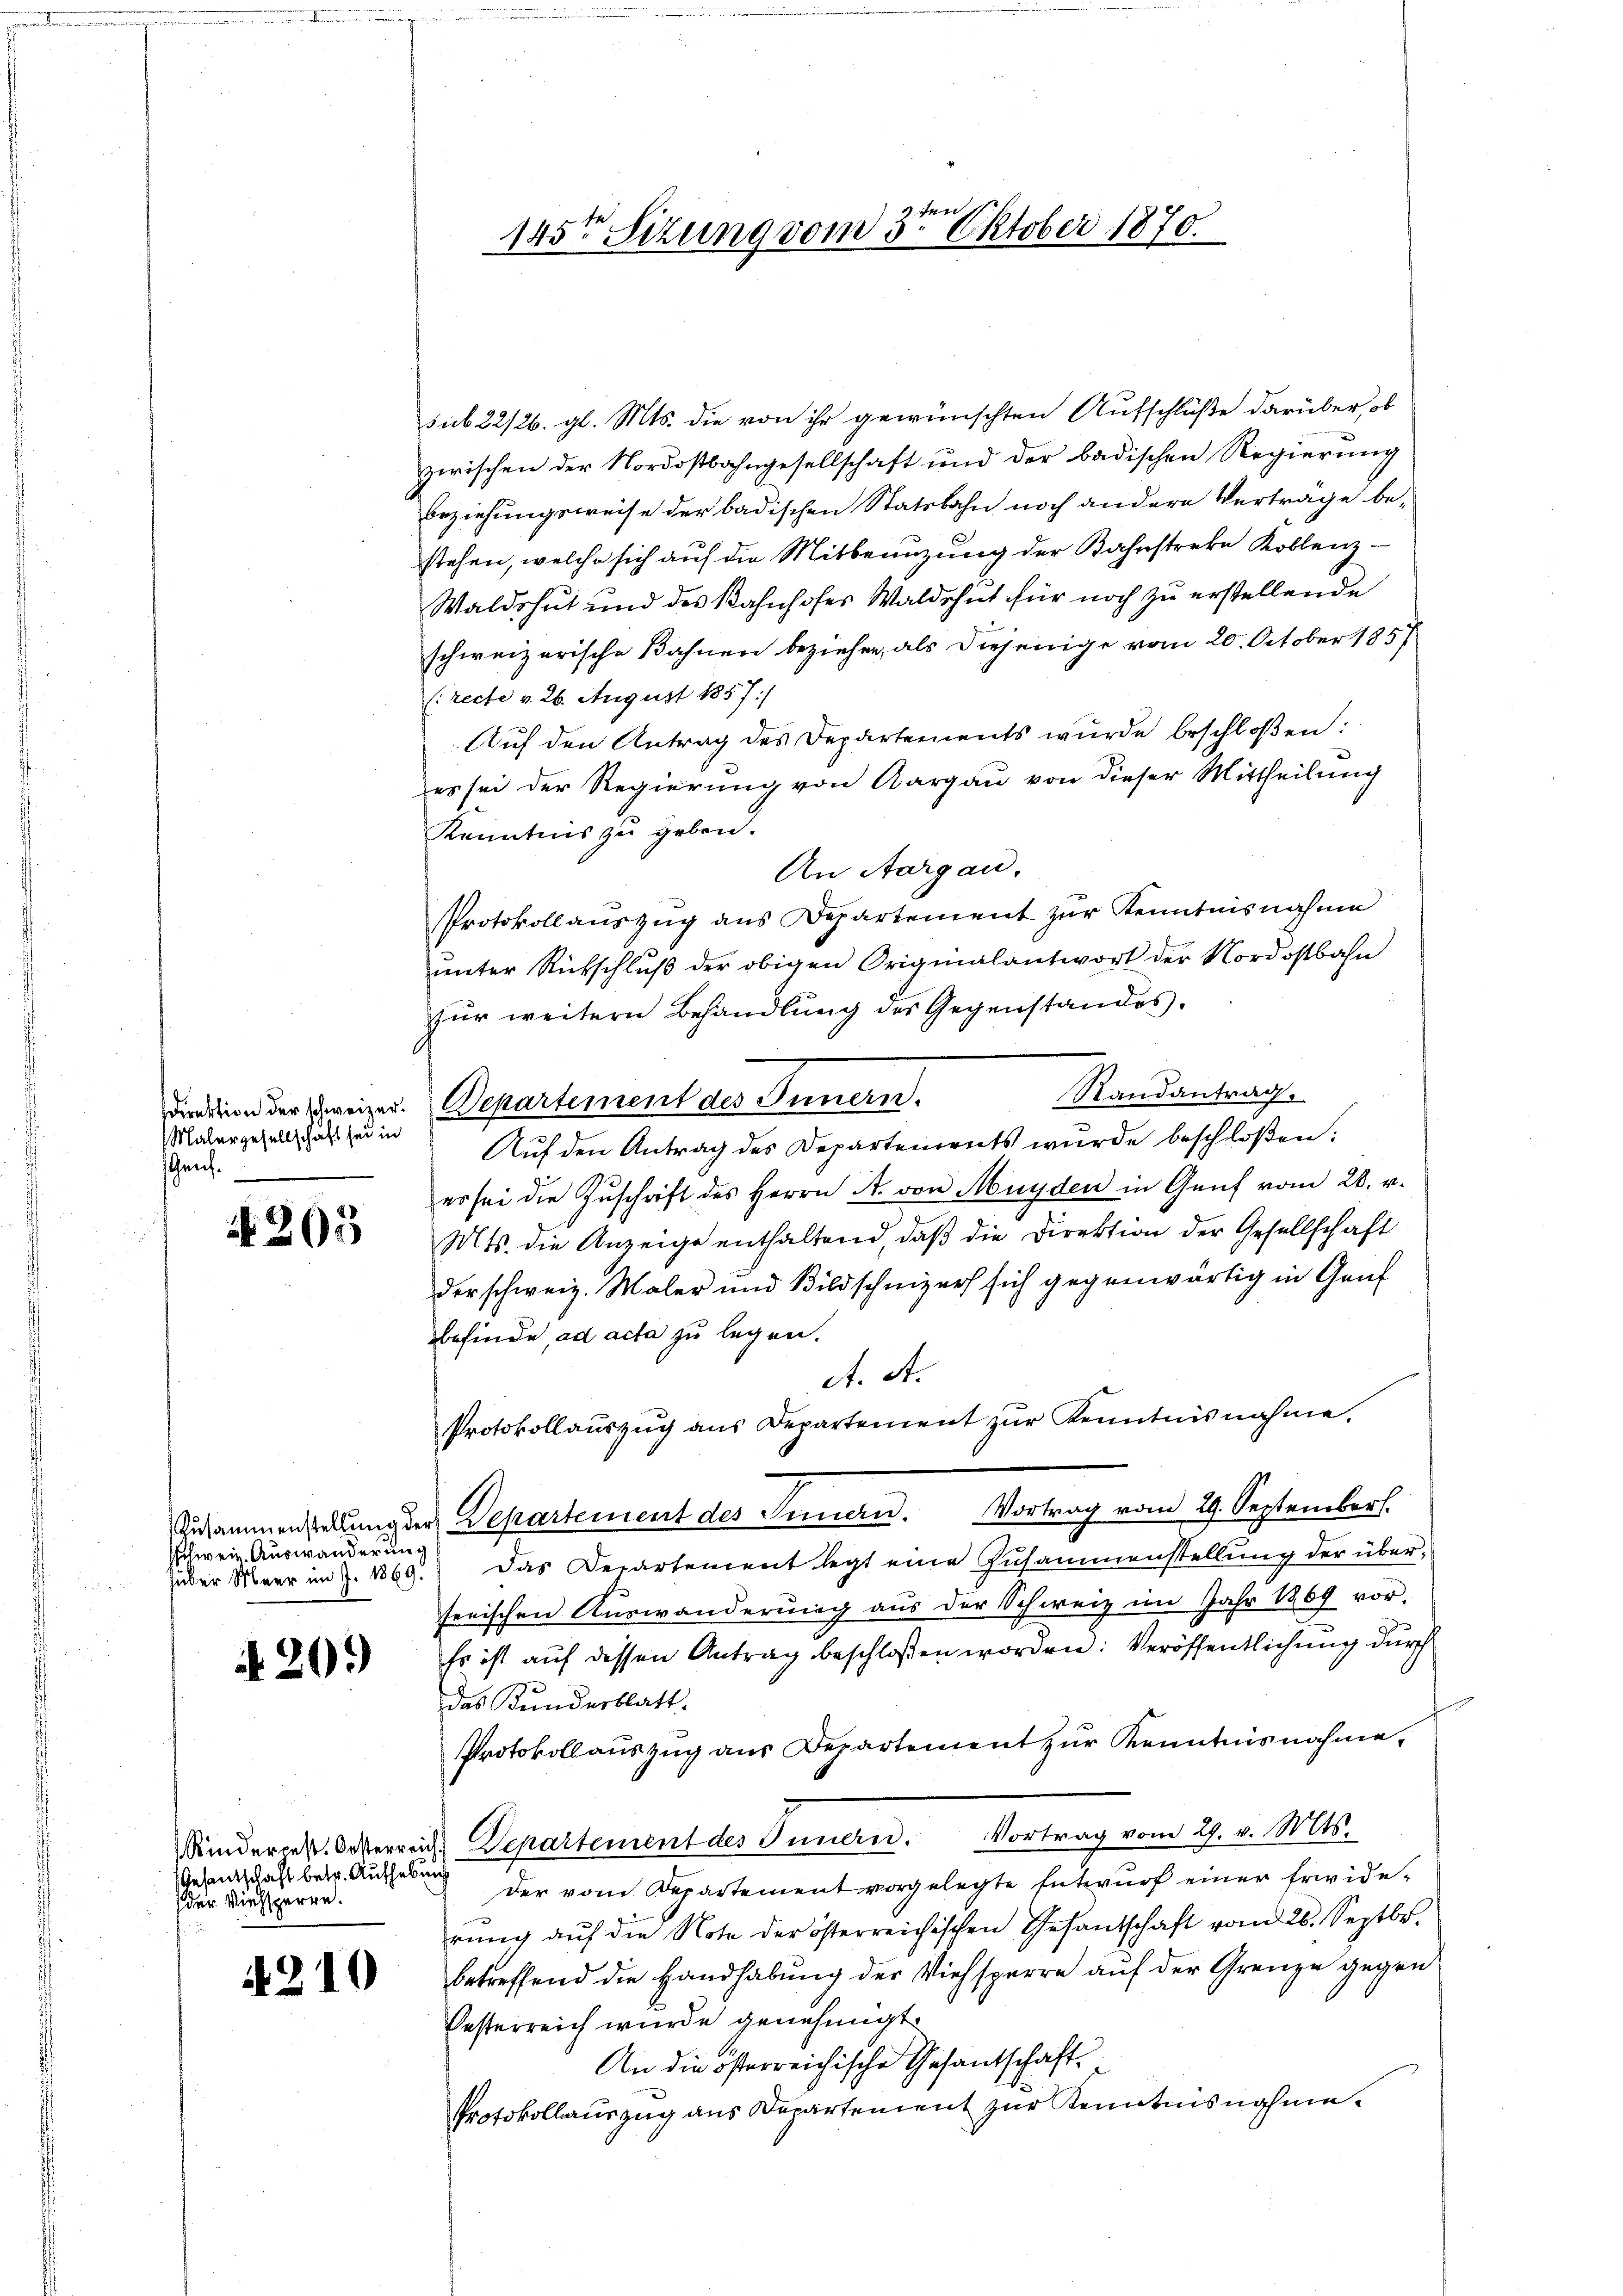
direktion der schweizer.
Malergesellschaft sei in
Genf.

Nr. 203

Schwein Auswanderung

A. 20.)

Gelantschaft betr. Aufhebung
der Viehsperre.

4210

sub 22/26. gl. Mts. die von ihr gewünschten Aufschlüße darüber, ob
zwischen der Nordostbahngesellschaft und der badischen Regierung
beziehungsweise der badischen Statsbahn noch andere Verträge be-
stehen, welche sich auf die Mitbenuzung der Bahnstreke Koblenz¬
Waldshut und des Bahnhofes Waldshut für noch zu erstellende
schweizerische Bahnen beziehen, als diejenige vom 20. October 1857
(recte v. 26. August 1857/
Auf den Antrag des Departements wurde beschloßen:
es sei der Regierung von Aargau von dieser Mittheilung
Kenntnis zu geben.
An Aargau.
Protokollauszug aus Departement zur Kenntnisnahme
unter Rückschluß der obigen Originalantwort der Nordostbahn
für weitern Behandlung des Gegenstandes.
Randantrag.
Departement des Innern.
Aŭf den Antrag des Departements wurde beschloßen:
er sei die Zŭschrift des Herrn A. von Münden in Genf vom 28. v.
Mts. die Anzeige enthaltend, daß die Direktion der Gesellschaft
der schweiz. Maler und Bildschnizer sich gegenwärtig in Genf
befinde, ad acta zu legen.
A. A.
Protokollauszug aus Departement zŭr Kenntnisnahme.
Zusammenstellung der Departement des Innern. Vortrag vom 29. September.
über Meer im J. 1869. Das Departement legt eine Zusammenstellung der über-
serischen Auswanderung aus der Schweiz im Jahr 1869 vor.
Es ist auf dessen Antrag beschlossen worden: Veröffentlichung durch
das Kundesblatt.
Protokollauszug aus Departement zur Kenntnisnahme,
Kindercer. Oesterreich Departement des Innern. Vortrag vom 29. v. Mts.
der vom Departement vorgelegte Entwurf einer Erwiderung auf die Note der österreichischen Gesandschaft vom 26. Septbr.
betreffend die Handhabung der Viehsperre auf der Grenze gegen
Oesterreich wurde genehmigt.
An die österreichische Gesantschaft.
Protokollauszug aus Departement zur Kenntnisnahme.

145te Situng vom 3ten Oktober 1870.